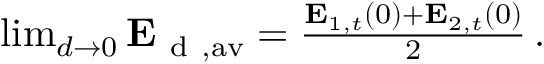
\begin{array} { r } { \operatorname* { l i m } _ { d \rightarrow 0 } \mathbf { E } _ { \mathrm { ~ d ~ } , \mathrm { a v } } = \frac { \mathbf { E } _ { 1 , t } ( 0 ) + \mathbf { E } _ { 2 , t } ( 0 ) } { 2 } \, . } \end{array}